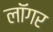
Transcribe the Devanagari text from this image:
लॉगर